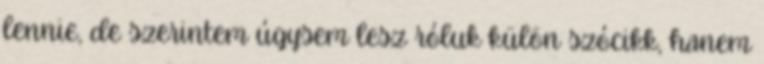
lennie, de szerintem úgysem lesz róluk külön szócikk, hanem